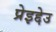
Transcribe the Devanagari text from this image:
प्रेइद्देउ